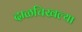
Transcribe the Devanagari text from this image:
दाळचिखल्या